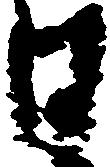
日